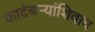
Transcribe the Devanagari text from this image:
कादंबर्‍यांशिवाय